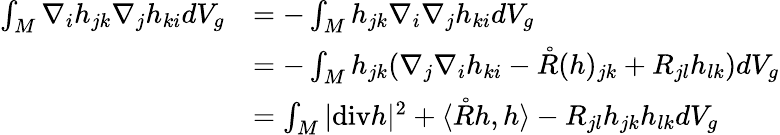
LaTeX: \begin{array}{rl}{\int_{M}\nabla_{i}h_{jk}\nabla_{j}h_{ki}dV_{g}}&{=-\int_{M}h_{jk}\nabla_{i}\nabla_{j}h_{ki}dV_{g}}\\ &{=-\int_{M}h_{jk}(\nabla_{j}\nabla_{i}h_{ki}-\mathring{R}(h)_{jk}+R_{jl}h_{lk})dV_{g}}\\ &{=\int_{M}|\mathrm{div}h|^{2}+\langle\mathring{R}h,h\rangle-R_{jl}h_{jk}h_{lk}dV_{g}}\end{array}